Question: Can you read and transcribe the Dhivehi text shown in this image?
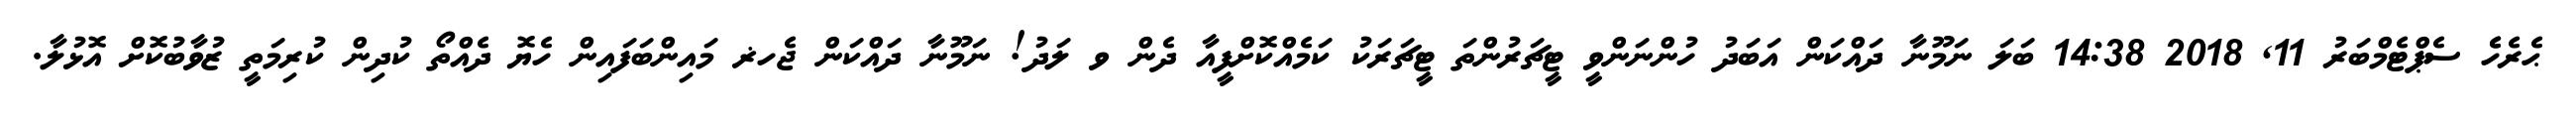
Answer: ޙެރެހެެ ސެޕްޓެމްބަރު 11, 2018 14:38 ބަލަ ނަމޫނާ ދައްކަން އަބަދު ހުންނަންވީ ޓީޗަރުންތަ ޓީޗަރަކު ކަމެއްކޮށްފީއާ ދެން ވ ލަދު! ނަމޫނާ ދައްކަން ޖެހޜ މައިންބަފައިން ހެޔޮ ދެއްތޯ ކުދިން ކުރިމަތީ ޒުވާބުކޮށް އޮޅުލާ.